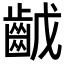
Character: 𪗥